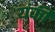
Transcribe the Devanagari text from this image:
यंकी